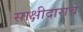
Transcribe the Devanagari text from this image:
साक्षीदाराचे